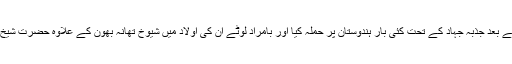
آپ کے جد اعلی سلطان شہاب الدین والی کابل رہے ہیں اور سلطان غزنوی کی حکومت کے زوال کے بعد جذبہ جہاد کے تحت کئی بار ہندوستان پر حملہ کیا اور بامراد لوٹے ان کی اولاد میں شیوخ تھانہ بھون کے علاوہ حضرت شیخ مجدد الف ثانی ،شیخ جلال الدین تھانیسری اور شیخ فرید الدین گنج شکر جیسے کاملین پیدا ہوئے ہیں۔